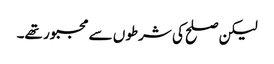
لیکن صلح کی شرطوں سے مجبور تھے۔